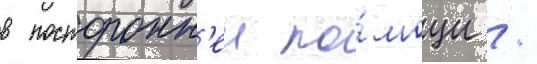
в посторонн'еи по́мощи /